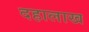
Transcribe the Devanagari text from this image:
दहालाख